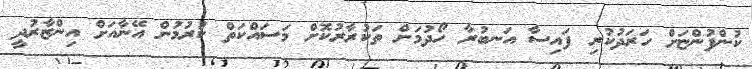
ކުންފުންޏަށް ހަރަދުކުރި ފައިސާ އަނބުރާ ހޯދުމަށް ތަކުރާރުކޮށް މަސައްކަތް ކުރުމުން އޭނާއަަށް އިންޒާރުދީ